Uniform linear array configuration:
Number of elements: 24
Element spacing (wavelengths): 0.5
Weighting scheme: exponential
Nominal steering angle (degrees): -45
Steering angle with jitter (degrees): -44.366
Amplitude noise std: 0.05
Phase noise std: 0.05

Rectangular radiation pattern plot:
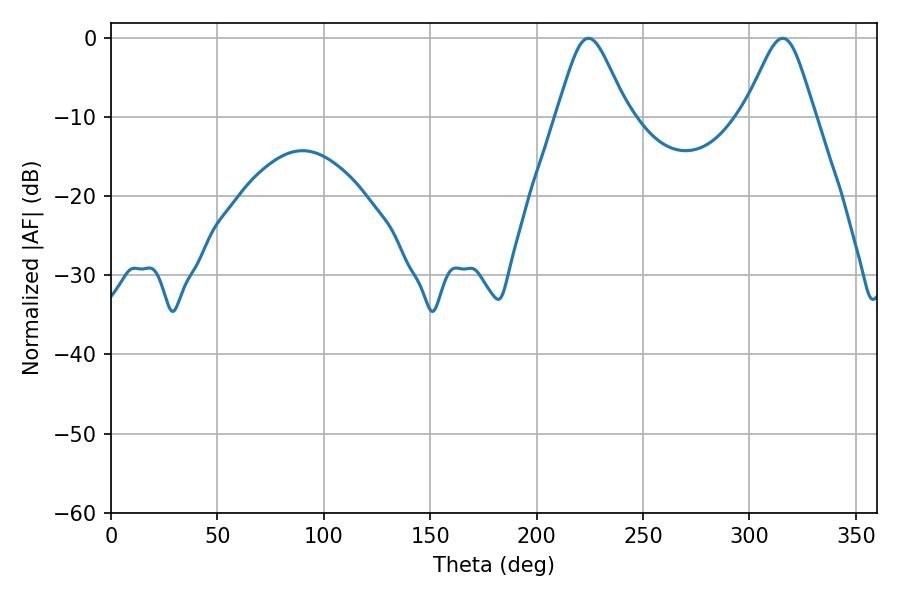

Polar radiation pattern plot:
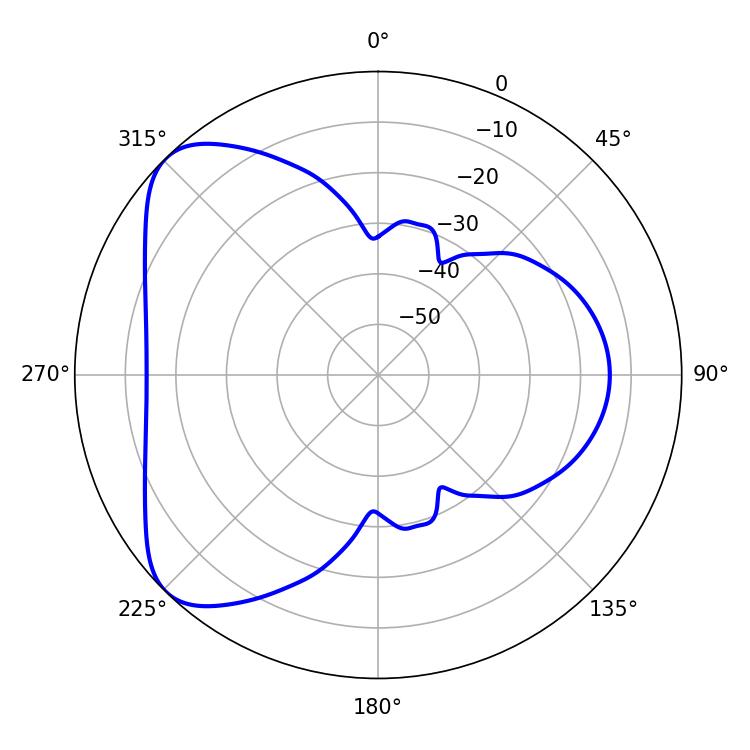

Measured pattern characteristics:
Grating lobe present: FALSE
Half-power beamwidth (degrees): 16.38
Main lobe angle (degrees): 224.28